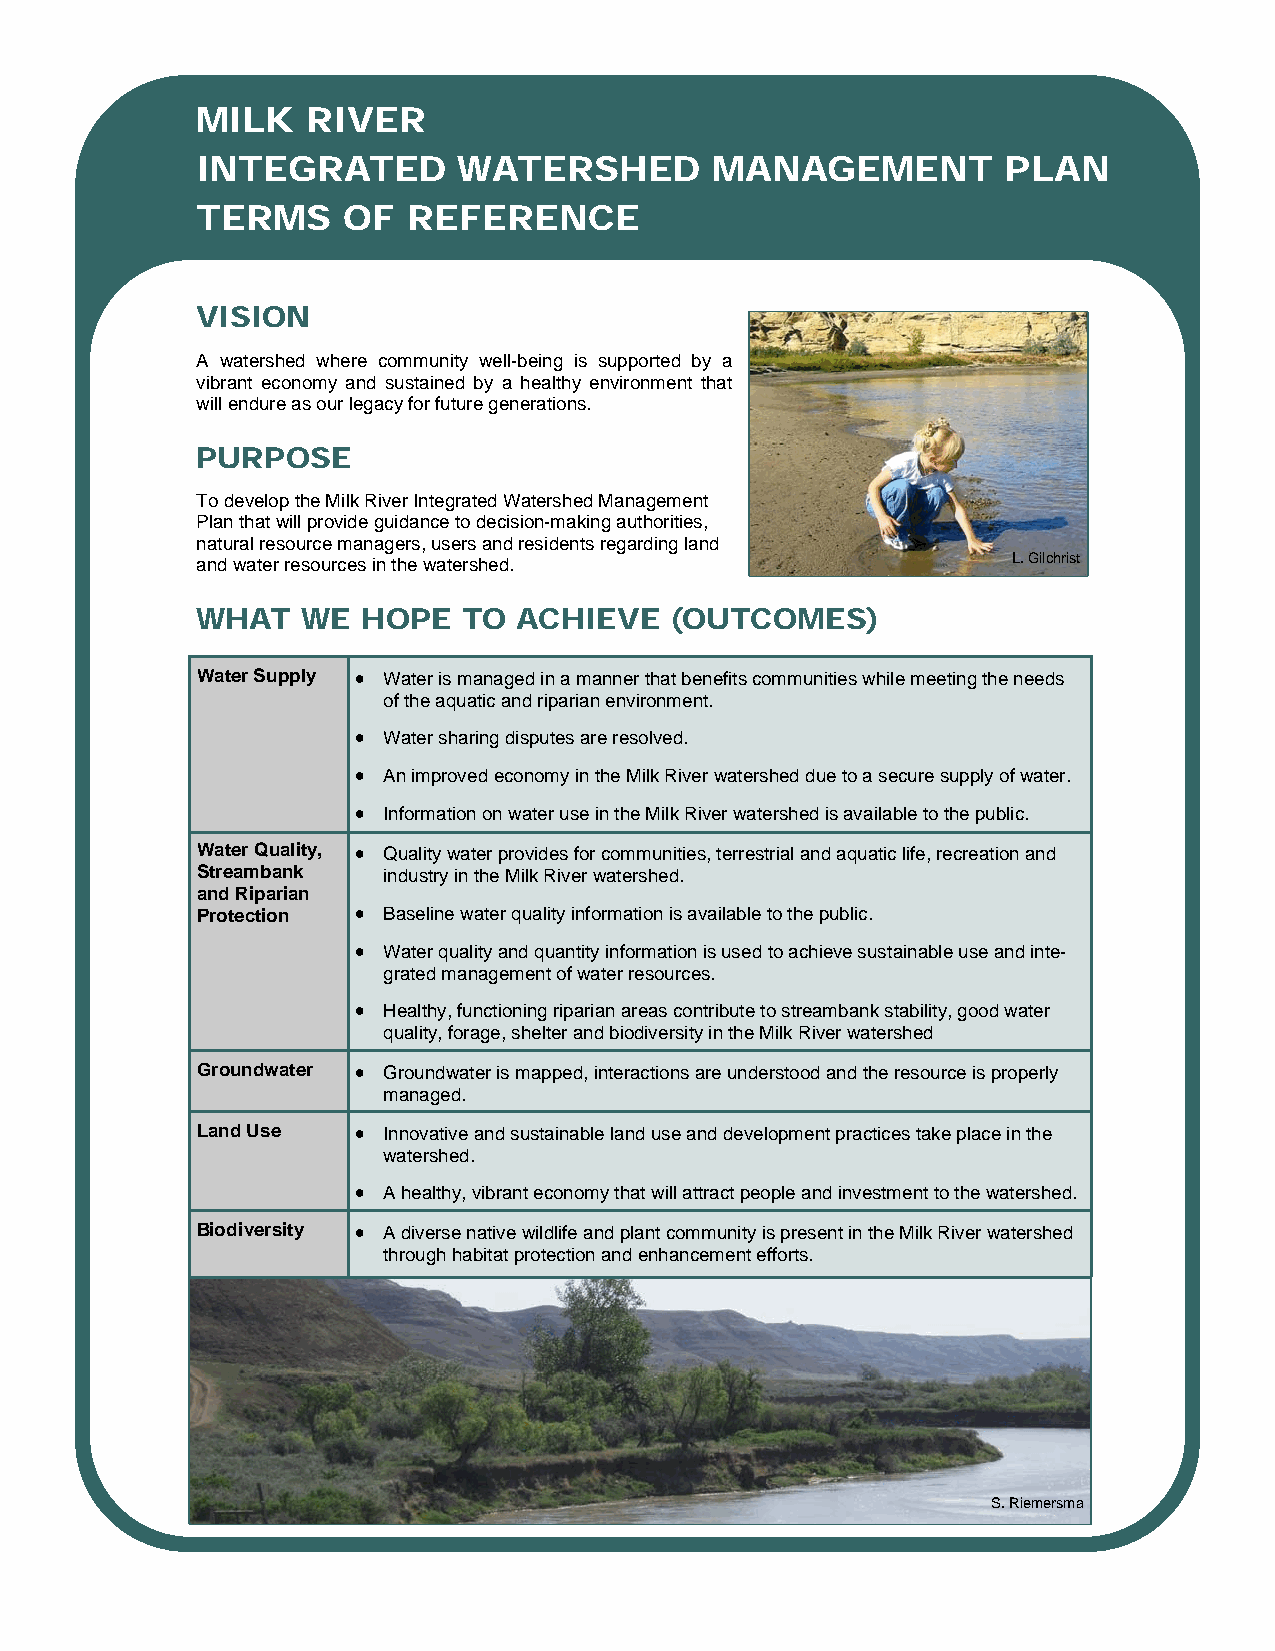
MILK   RIVER
 INTEGRATED       WATERSHED        MANAGEMENT          PLAN
 TERMS     OF  REFERENCE
 VISION
 A watershed where community well-being is supported by a
 vibrant economy and sustained by a healthy environment that
 will endure as our legacy for future generations.
 PURPOSE
 To develop the Milk River Integrated Watershed Management
 Plan that will provide guidance to decision-making authorities,
 natural resource managers, users and residents regarding land
 and water resources in the watershed.                 L. Gilchrist
 WHAT   WE  HOPE   TO ACHIEVE   (OUTCOMES)
 Water Supply • Water is managed in a manner that benefits communities while meeting the needs
 of the aquatic and riparian environment.
 • Water sharing disputes are resolved.
 • An improved economy in the Milk River watershed due to a secure supply of water.
 • Information on water use in the Milk River watershed is available to the public.
 Water Quality, • Quality water provides for communities, terrestrial and aquatic life, recreation and
 Streambank  industry in the Milk River watershed.
 and Riparian
 Protection • Baseline water quality information is available to the public.
 • Water quality and quantity information is used to achieve sustainable use and inte-
 grated management of water resources.
 • Healthy, functioning riparian areas contribute to streambank stability, good water
 quality, forage, shelter and biodiversity in the Milk River watershed
 Groundwater • Groundwater is mapped, interactions are understood and the resource is properly
 managed.
 Land Use   • Innovative and sustainable land use and development practices take place in the
 watershed.
 • A healthy, vibrant economy that will attract people and investment to the watershed.
 Biodiversity • A diverse native wildlife and plant community is present in the Milk River watershed
 through habitat protection and enhancement efforts.
 S. Riemersma